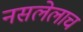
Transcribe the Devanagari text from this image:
नसलेलाच